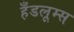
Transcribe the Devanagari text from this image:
हँडलूम्स